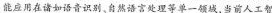
能应用在诸如语音识别、自然语言处理等单一领域，当前人工智